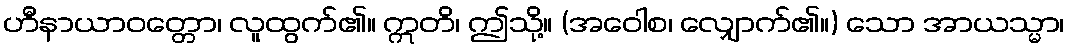
ဟီနာယာဝတ္တော၊ လူထွက်၏။ ဣတိ၊ ဤသို့။ (အဝေါစ၊ လျှောက်၏။) သော အာယသ္မာ၊